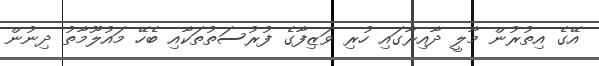
އޭގެ އިތުރުން މާލީ ދާއިރާގައި ހުރި ވަޒިފާގެ ފުރުސަތުތަކާއި ބެހޭ މައުލޫމާތު ދިނުން